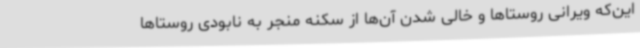
این‌که ویرانی روستاها و خالی شدن آن‌ها از سکنه منجر به نابودی روستاها